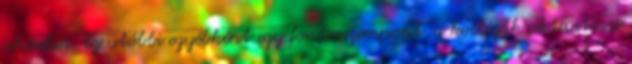
ahíreket. Ez utóbbi egyébként egy fontosszempont, a kollégák aktivitásai